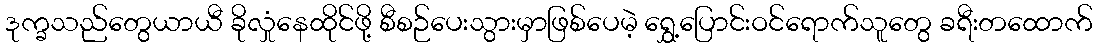
ဒုက္ခသည်တွေယာယီ ခိုလှုံနေထိုင်ဖို့ စီစဉ်ပေးသွားမှာဖြစ်ပေမဲ့ ရွှေ့ပြောင်းဝင်ရောက်သူတွေ ခရီးတထောက်